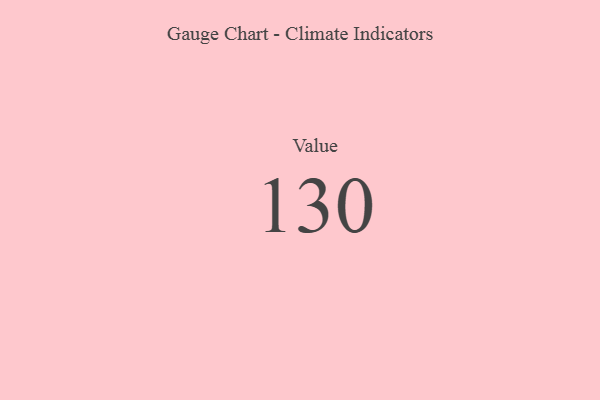
{"axis": {"x": "Metric", "y": "Value"}, "legend": [""], "data": [{"x": "Value", "y": 130, "type": ""}]}